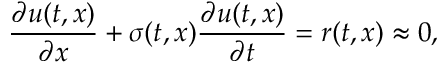
\frac { \partial u ( t , x ) } { \partial x } + \sigma ( t , x ) \frac { \partial u ( t , x ) } { \partial t } = r ( t , x ) \approx 0 ,